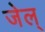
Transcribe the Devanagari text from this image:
जेल्